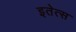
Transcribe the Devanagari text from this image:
इतेत्स